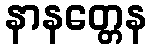
နာနတ္တေန